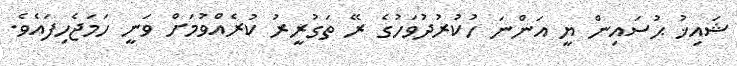
ޝައިޚު ޙުސައިން ޔީ އަންނަ ހުކުރުދުވަހުގެ ރޭ ތަގުރީރު ކުރެއްވުމަށް ވަނީ ހަމަޖެހިފައެވެ.